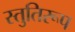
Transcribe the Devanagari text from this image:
स्तुतिरूप